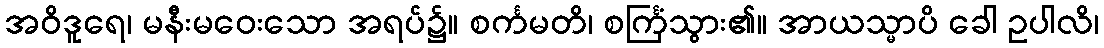
အဝိဒူရေ၊ မနီးမဝေးသော အရပ်၌။ စင်္ကမတိ၊ စင်္ကြံသွား၏။ အာယသ္မာပိ ခေါ ဥပါလိ၊